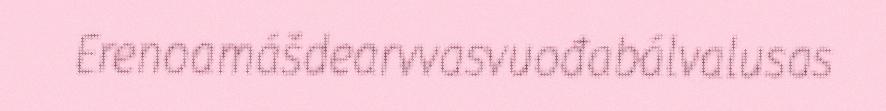
Erenoamášdearvvasvuođabálvalusas